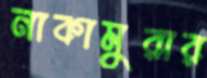
নাকামুরার